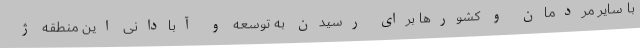
با سایر مردمان و کشورها برای رسیدن به توسعه و آبادانی این منطقه ژ